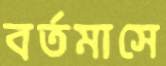
বর্তমাসে